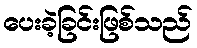
ပေးခဲ့ခြင်းဖြစ်သည်